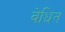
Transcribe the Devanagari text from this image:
वेधित